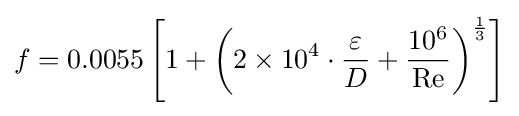
f=0.0055\left[1+\left(2\times 10^{4}\cdot {\frac {\varepsilon }{D}}+{\frac {10^{6}}{\mathrm {Re} }}\right)^{\frac {1}{3}}\right]